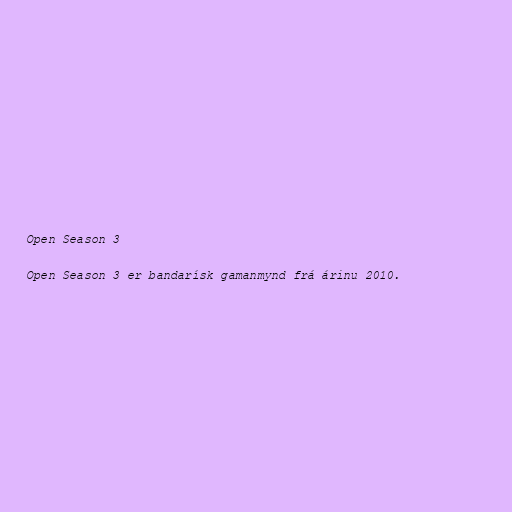
Open Season 3

Open Season 3 er bandarísk gamanmynd frá árinu 2010.